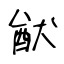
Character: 猷